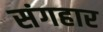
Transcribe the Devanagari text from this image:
संगहार